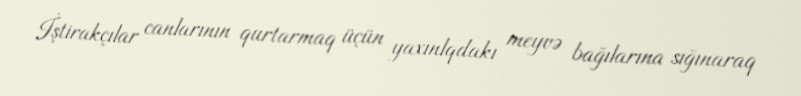
İştirakçılar canlarının qurtarmaq üçün yaxınlqdakı meyvə bağılarına sığınaraq